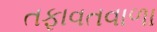
તફાવતવાળા